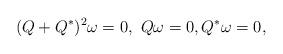
LaTeX: \begin{align*}(Q+Q^*)^2\omega =0,\ Q\omega =0, Q^* \omega=0,\end{align*}